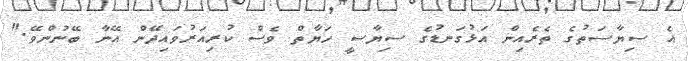
އެ ސިޔާސަތުގެ ތެރެއިން އަޅުގަނޑުގެ ސިޔާސީ ހަޔާތް ވެސް ކުރިއަރުވައިދޭން އޭނާ ބޭނުންވޭ."